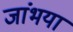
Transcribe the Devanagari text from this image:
जांभया